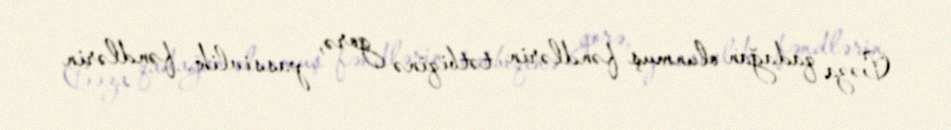
Cəza qadağan olunmuş fəndlərin tətbiqinə gorə, passivlik, fəndlərin